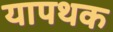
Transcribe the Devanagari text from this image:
यापथक